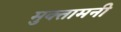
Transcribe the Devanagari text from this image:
मुक्तामनी